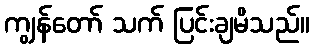
ကျွန်တော် သက် ပြင်းချမိသည်။